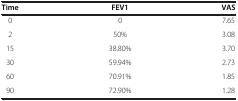
<table><thead><tr><td><b>Time</b></td><td><b>FEV1</b></td><td><b>VAS</b></td></tr></thead><tbody><tr><td>0</td><td>0</td><td>7.65</td></tr><tr><td>2</td><td>50%</td><td>3.08</td></tr><tr><td>15</td><td>38.80%</td><td>3.70</td></tr><tr><td>30</td><td>59.94%</td><td>2.73</td></tr><tr><td>60</td><td>70.91%</td><td>1.85</td></tr><tr><td>90</td><td>72.90%</td><td>1.28</td></tr></tbody></table>